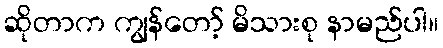
ဆိုတာက ကျွန်တော့် မိသားစု နာမည်ပါ။